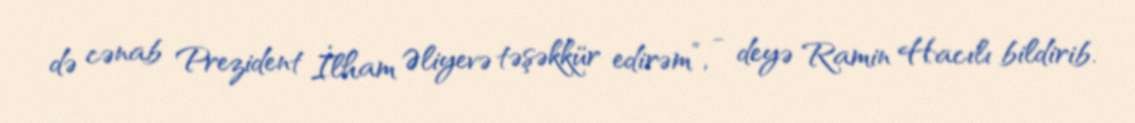
də cənab Prezident İlham Əliyevə təşəkkür edirəm”, - deyə Ramin Hacılı bildirib.